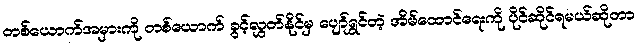
တစ်ယောက်အမှားကို တစ်ယောက် ခွင့်လွှတ်နိုင်မှ ပျော်ရွှင်တဲ့ အိမ်ထောင်ရေးကို ပိုင်ဆိုင်ရမယ်ဆိုတာ